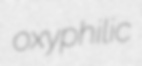
oxyphilic